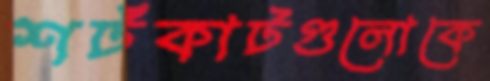
শর্টকাটগুলোকে